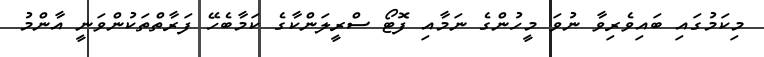
މިކަމުގައި ބައިވެރިވާ ނުވަ މީހުންގެ ނަމާއި ފޮޓޯ ސްރީލަންކާގެ ކަމާބެހޭ ފަރާތްތަކުންވަނީ އާންމު